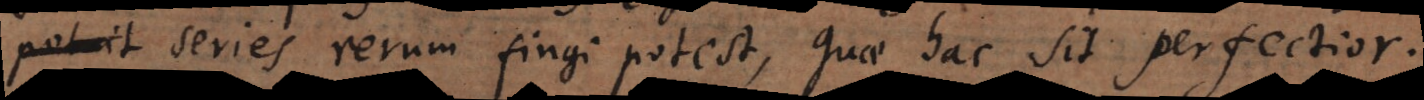
series rerum fingi potest, quae hac sit perfectior.